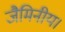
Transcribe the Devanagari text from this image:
जैमिनीय।